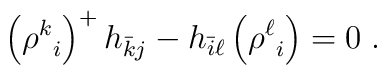
\Bigl({\rho^k}_i\Bigr)^+\,h_{\bar k j}-h_{\bar i \ell}\,\Bigl({\rho^\ell}_i\Bigr)=0\;.